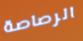
الرصاصة